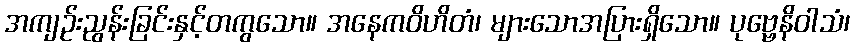
အကျဉ်းညွန်းခြင်းနှင့်တကွသော။ အနေကဝိဟိတံ၊ များသောအပြားရှိသော။ ပုဗ္ဗေနိဝါသံ၊